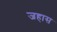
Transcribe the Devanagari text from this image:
जहास